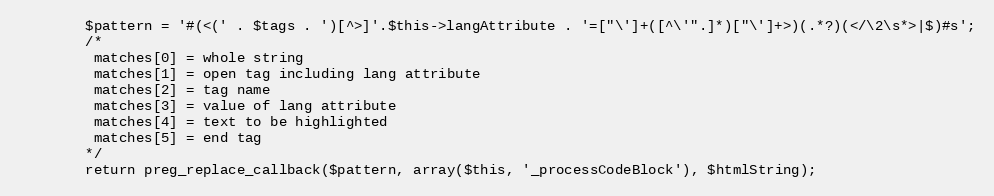
Language: PHP
        $pattern = '#(<(' . $tags . ')[^>]'.$this->langAttribute . '=["\']+([^\'".]*)["\']+>)(.*?)(</\2\s*>|$)#s';
        /*
         matches[0] = whole string
         matches[1] = open tag including lang attribute
         matches[2] = tag name
         matches[3] = value of lang attribute
         matches[4] = text to be highlighted
         matches[5] = end tag
        */
        return preg_replace_callback($pattern, array($this, '_processCodeBlock'), $htmlString);